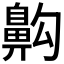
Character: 𪖙